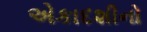
એકાદશીનો